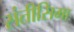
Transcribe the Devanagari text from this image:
संतीसिमा